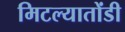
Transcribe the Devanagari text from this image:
मिटल्यातोंडी